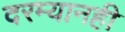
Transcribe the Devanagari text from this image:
दरम्यानही